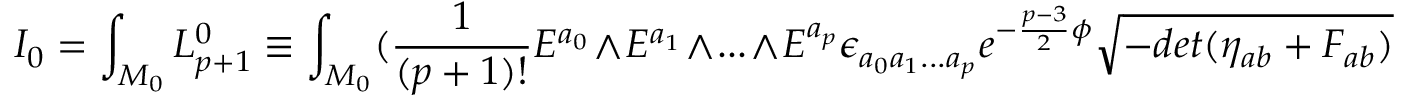
I _ { 0 } = \int _ { { \cal M } _ { 0 } } { \cal L } _ { p + 1 } ^ { 0 } \equiv \int _ { { \cal M } _ { 0 } } ( { \frac { 1 } { ( p + 1 ) ! } } E ^ { a _ { 0 } } \wedge E ^ { a _ { 1 } } \wedge . . . \wedge E ^ { a _ { p } } \epsilon _ { a _ { 0 } a _ { 1 } . . . a _ { p } } e ^ { - { \frac { p - 3 } { 2 } } \phi } \sqrt { - d e t ( \eta _ { a b } + F _ { a b } ) }